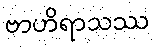
ဗာဟိရာသဿ